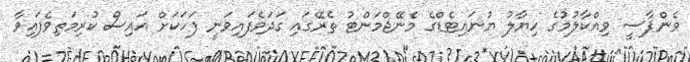
ވެންޕާސީ ވިއްކާލުމުގެ ހިޔާލު ޔުނައިޓެޑްގެ މެނޭޖްމަންޓު ތެރޭގައި ގަދަވެފައިވަނީ ފަހަކަށް އައިސް ކުރިމަތިވެފައިވާ